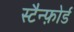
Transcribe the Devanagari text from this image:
स्टैन्फ़ोर्ड